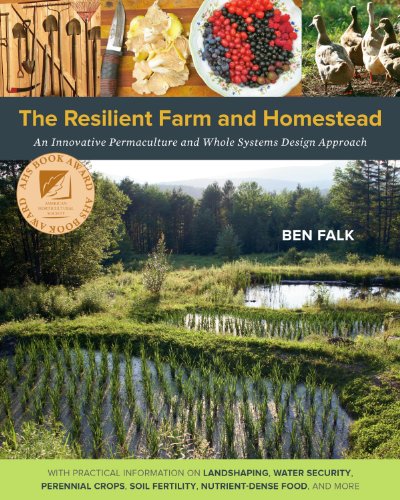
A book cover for The Resilient Farm and Homestead: An Innovative Permaculture and Whole Systems Design Approach; Ben Falk; Crafts, Hobbies & Home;